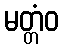
မတ္တံဝ